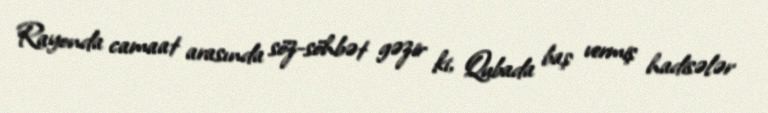
Rayonda camaat arasında söz-söhbət gəzir ki, Qubada baş vermiş hadisələr